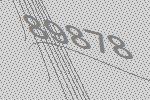
89878